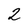
Character: 2